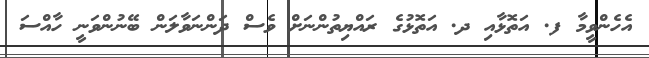
އެހެންވީމާ ފ. އަތޮޅާއި ދ. އަތޮޅުގެ ރައްޔިތުންނަށް ވެސް ދަންނަވާލަން ބޭނުންވަނީ ހާއްސަ